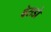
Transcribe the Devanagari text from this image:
बेसडो